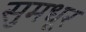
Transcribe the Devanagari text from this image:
सुमधूर